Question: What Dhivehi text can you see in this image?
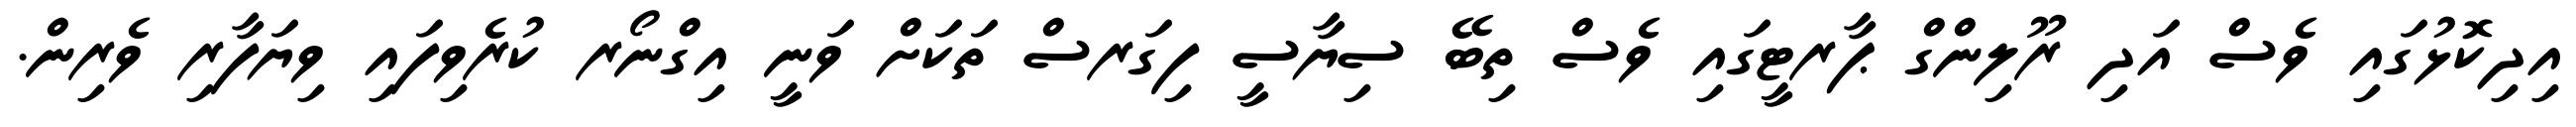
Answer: އިދިކޮޅުގައި ވެސް އަދި ރޫލިންގް ޕާރޓީގައި ވެސް ތިބޭ ސިޔާސީ ފިގަރސް ތަކަށް ވަނީ އިގްނޯރ ކުރެވިފައި ވިޔަފާރި ވެރިން.